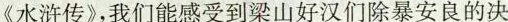
《水浒传》，我们能感受到梁山好汉们除暴安良的决